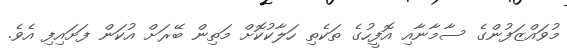
މުވައްޒަފުންގެ ސާމާނާއި އޮފީހުގެ ތަކެތި ހަލާކުކޮށް މަތިން ބޭރަށް އުކަން ފަށައިފި އެވެ.